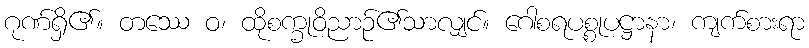
ဂုဏ်ရှိ၏။ တဿေ ဝ၊ ထိုစက္ခုဝိညာဉ်၏သာလျှင်။ ဂေါစရပစ္စုပဋ္ဌာနာ၊ ကျက်စားရာ